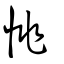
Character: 恌